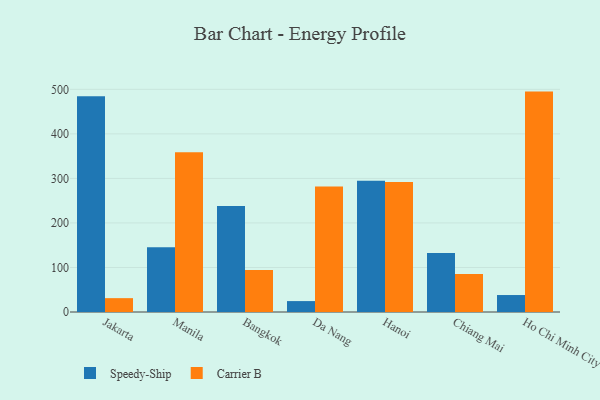
{"axis": {"x": "City", "y": "Shipments"}, "legend": ["Carrier B", "Speedy-Ship"], "data": [{"x": "Jakarta", "y": 484.7, "type": "Speedy-Ship"}, {"x": "Jakarta", "y": 31.1, "type": "Carrier B"}, {"x": "Manila", "y": 145.2, "type": "Speedy-Ship"}, {"x": "Manila", "y": 358.9, "type": "Carrier B"}, {"x": "Bangkok", "y": 237.8, "type": "Speedy-Ship"}, {"x": "Bangkok", "y": 94.4, "type": "Carrier B"}, {"x": "Da Nang", "y": 24.5, "type": "Speedy-Ship"}, {"x": "Da Nang", "y": 282.0, "type": "Carrier B"}, {"x": "Hanoi", "y": 294.5, "type": "Speedy-Ship"}, {"x": "Hanoi", "y": 292.1, "type": "Carrier B"}, {"x": "Chiang Mai", "y": 132.4, "type": "Speedy-Ship"}, {"x": "Chiang Mai", "y": 85.2, "type": "Carrier B"}, {"x": "Ho Chi Minh City", "y": 38.1, "type": "Speedy-Ship"}, {"x": "Ho Chi Minh City", "y": 494.9, "type": "Carrier B"}]}